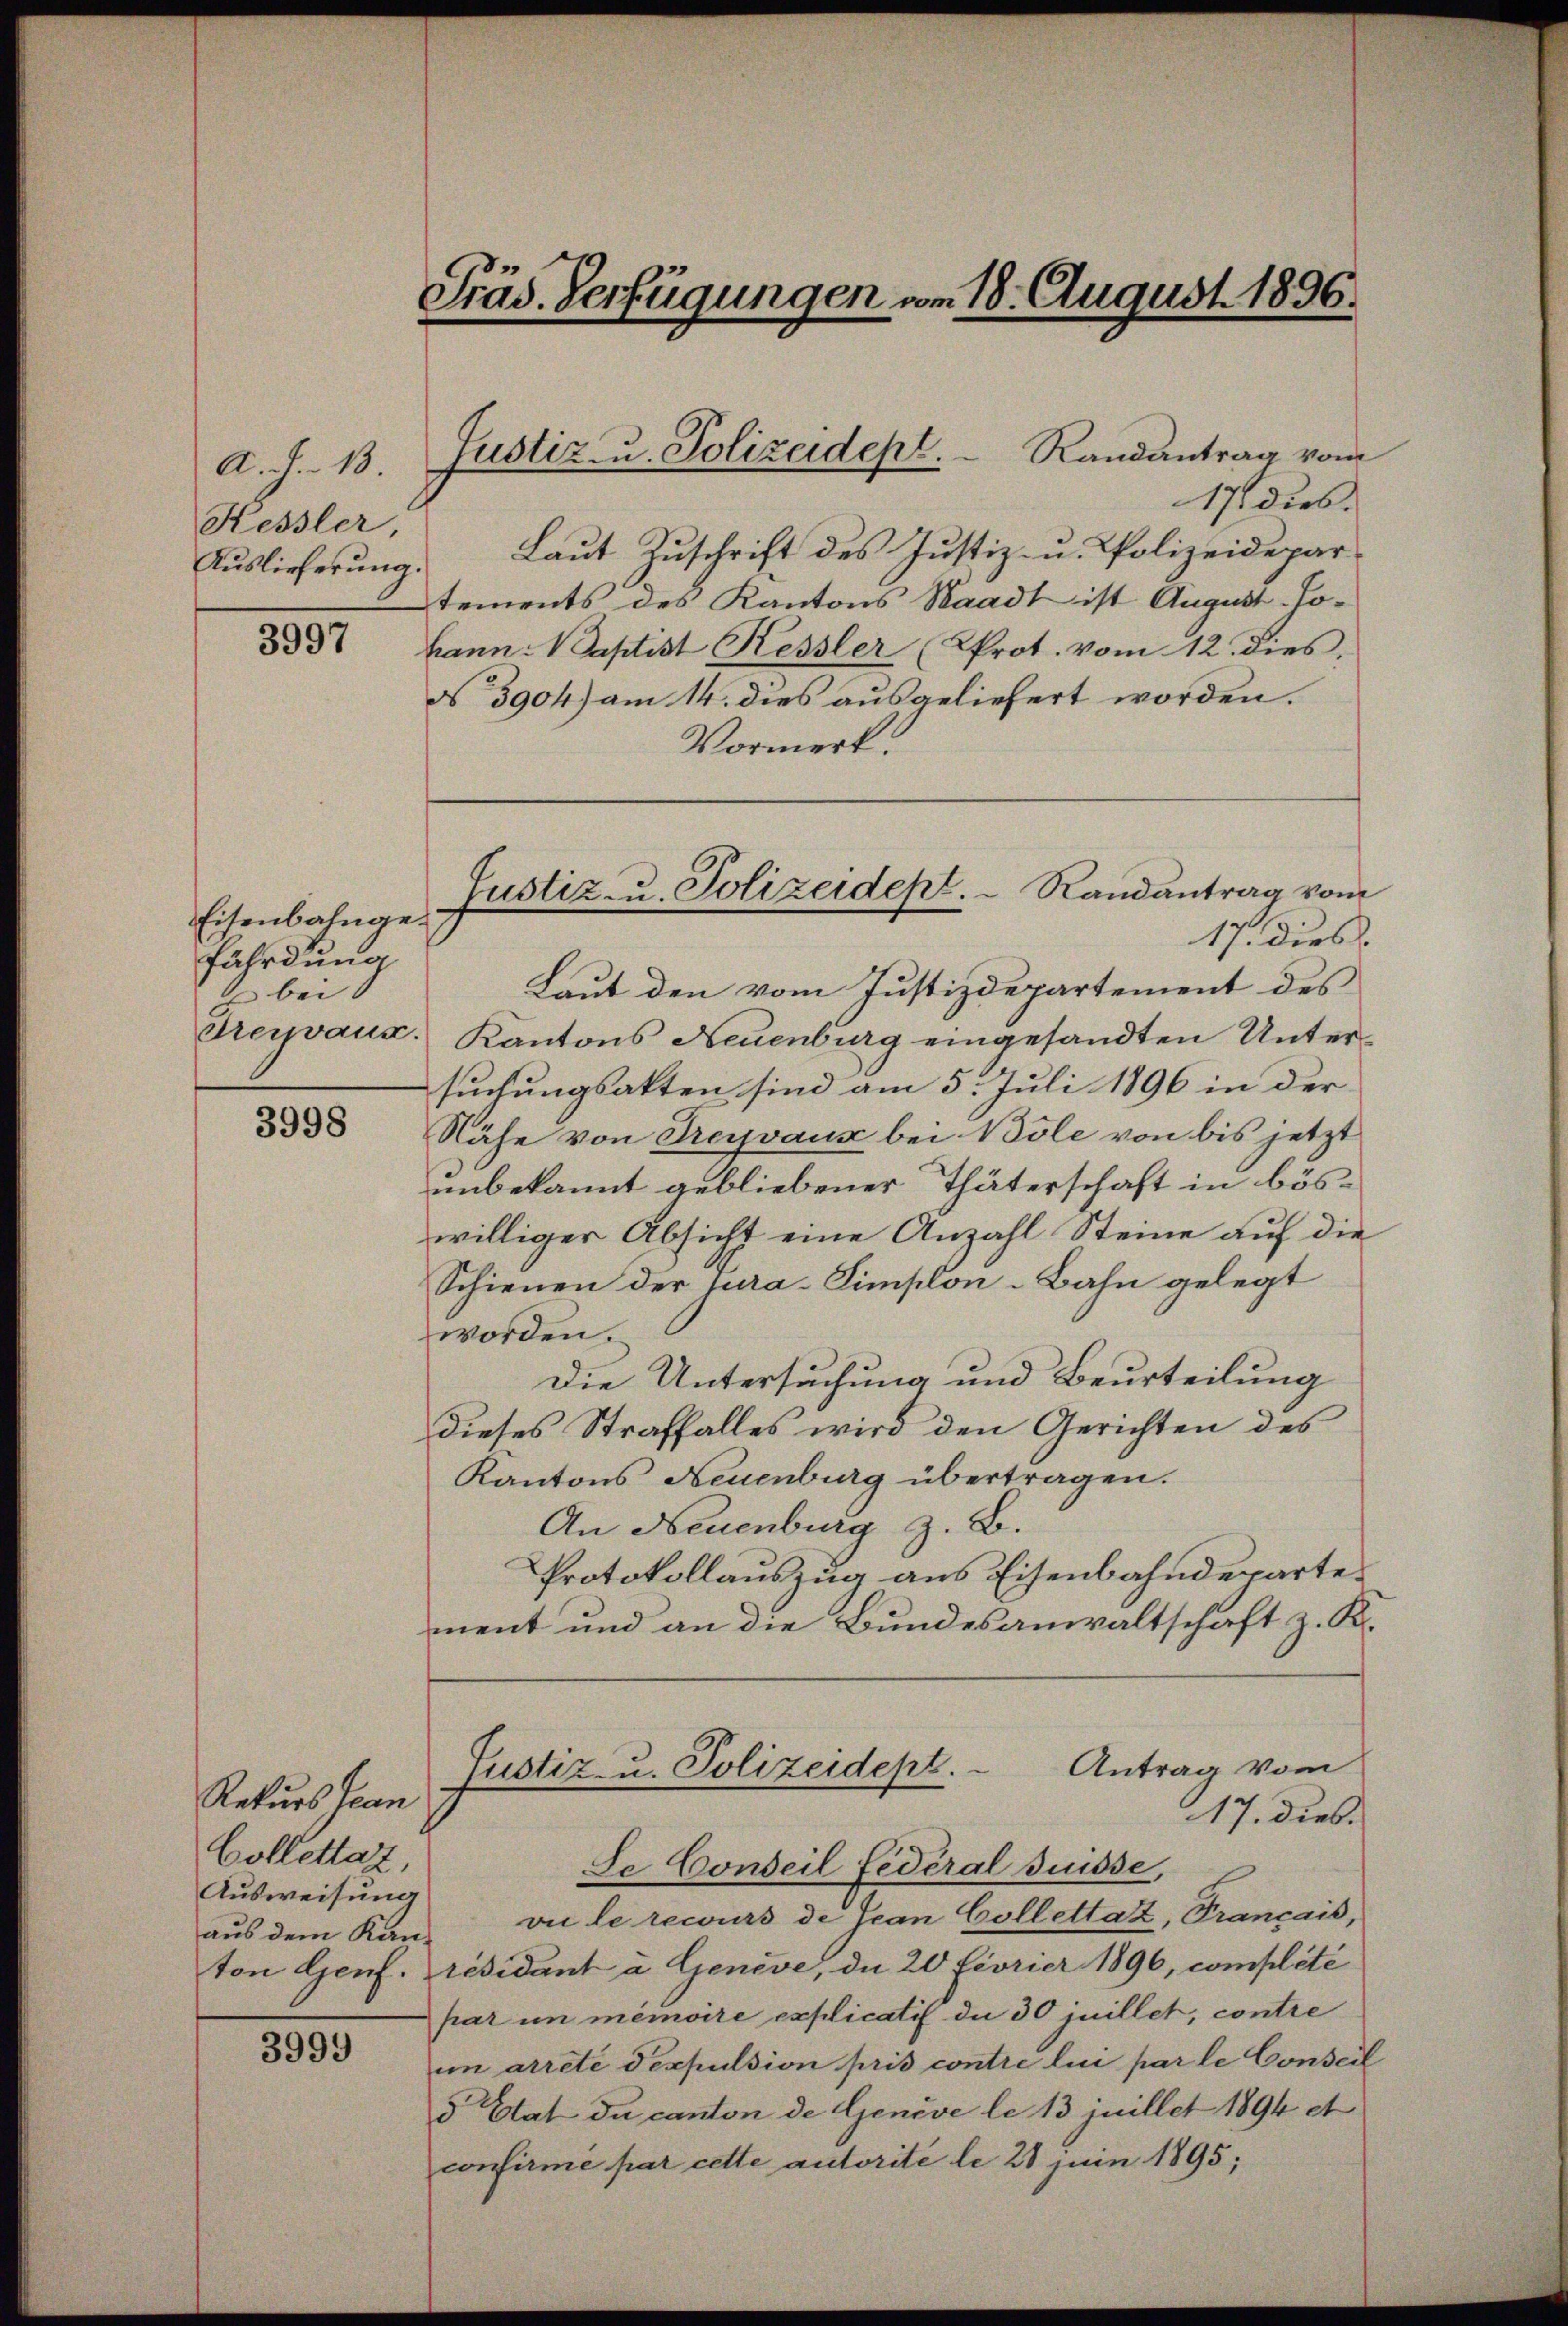
A. J. 13.
Kessler
Auslieferung.

3997

Eisenbahngefährdung
bei
dreyvaux.

3998

Rekurs Jean
Collettat,
Ausweisung
aus dem Kan¬

3999

Präs. Verfügungen vom 18. August 1896.

Randantrag vom
17 dies
Laut Zuschrift des Justiz- u. Polizeidepartements des Kantons Waadt ist August. Hokann: Baptist Kessler (Prot. vom 12. dies.
N 3904) am 14. dies ausgeliefert worden.
Vormerk.
17. Dies
Laut den vom Justizdepartement des
Kantons Neuenburg eingesandten Untersuchungsakten sind am 5. Juli 1896 in der
Nähe von Treivaux bei Bole von bis jetzt
unbekannt gebliebener Thäterschaft in böswilliger Absicht eine Anzahl Steine auf die
Schienen der jura-Simplon-Bahn gelegt
worden.
Die Untersuchung und Beurteilung
Dieses Straffalles wird den Gerichten des
Kantons Neuenburg übertragen.
An Neuenburg z. B.
Protokollauszug aus Eisenbahndepartement und an die Bundesanwaltschaft z. K.
Antrag vom
Justiz- u. Polizeidept.
17. dies.
Se Conseil fédéral Suisse,
vi le recours de Jean Collettaz, Trançais,
ton Genf. résidant à Genève, da 20 Fiorier 1896, complété
par in memoire explicatis die 30 juillet, contre
in arrete Seppulsion pris contre lui par le Conseil
5 Etat du canton de Genève le 13 juillet 1894 et
confirmé par cette autorité le 21 juin 1895;

Justiz- u. Polizeidept.

Justiz- u. Polizeidept. Randantrag vom